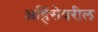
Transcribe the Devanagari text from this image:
अहिंसेवरील